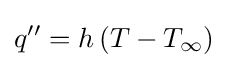
q''=h\left(T-T_{\infty }\right)